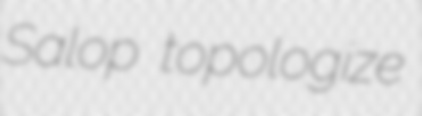
Salop topologize